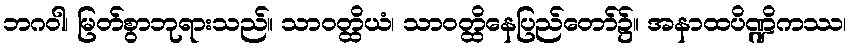
ဘဂဝါ၊ မြတ်စွာဘုရားသည်။ သာဝတ္ထိယံ၊ သာဝတ္ထိနေပြည်တော်၌။ အနာထပိဏ္ဍိကဿ၊